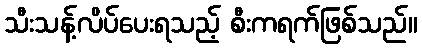
သီးသန့်လိပ်ပေးရသည့် စီးကရက်ဖြစ်သည်။